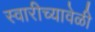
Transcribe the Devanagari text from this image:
स्वारीच्यावेळी